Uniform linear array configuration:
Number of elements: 8
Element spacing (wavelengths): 0.75
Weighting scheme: hann
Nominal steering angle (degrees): -15
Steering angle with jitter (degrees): -14.617
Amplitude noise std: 0.05
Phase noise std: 0.05

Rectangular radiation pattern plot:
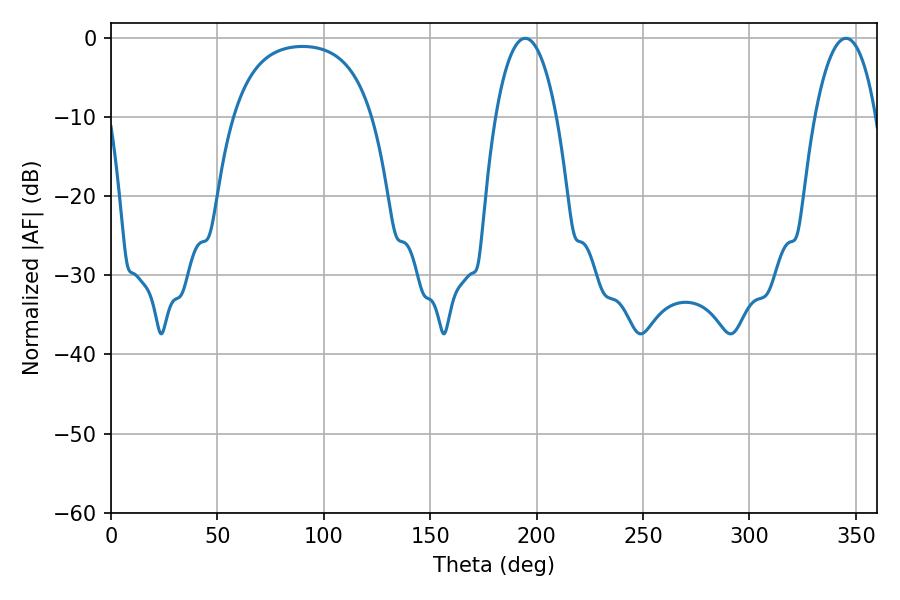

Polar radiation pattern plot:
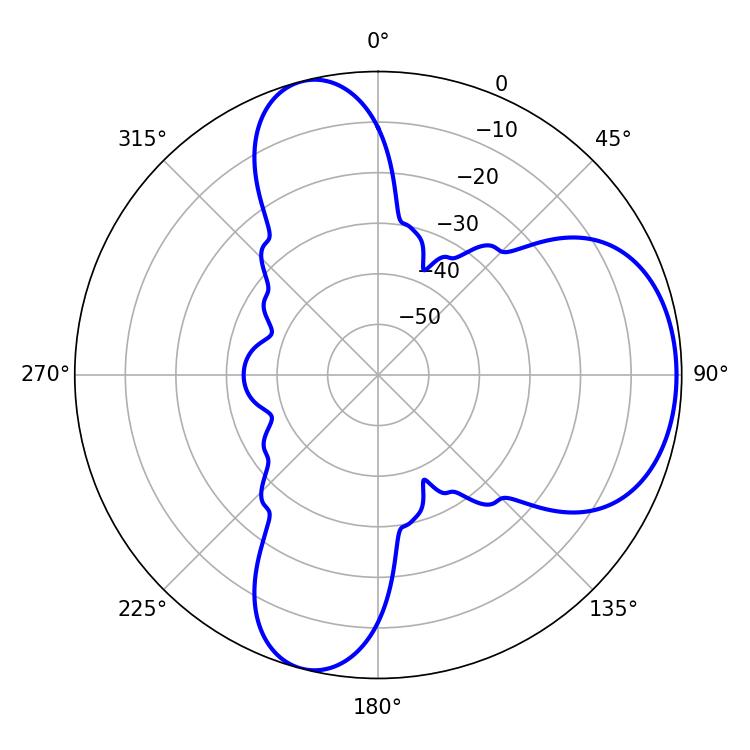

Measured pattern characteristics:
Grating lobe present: TRUE
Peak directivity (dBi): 6.599
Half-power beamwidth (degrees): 16.2
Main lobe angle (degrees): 194.58